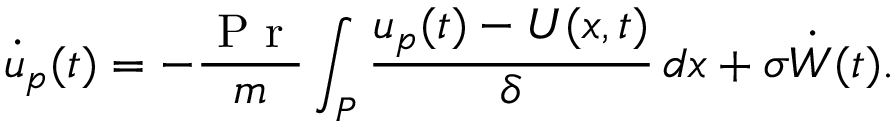
\dot { u } _ { p } ( t ) = - \frac { \mathrm { ~ P ~ r ~ } } { m } \int _ { P } \frac { u _ { p } ( t ) - U ( x , t ) } { \delta } \, d x + \sigma \dot { W } ( t ) .